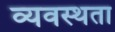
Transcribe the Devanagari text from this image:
व्यवस्थता